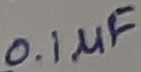
Text: 0.1µF